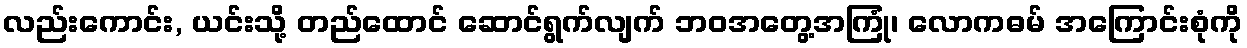
လည်းကောင်း, ယင်းသို့ တည်ထောင် ဆောင်ရွက်လျက် ဘဝအတွေ့အကြုံ၊ လောကဓမ် အကြောင်းစုံကို